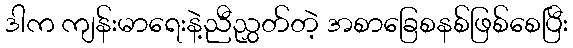
ဒါက ကျန်းမာရေးနဲ့ညီညွှတ်တဲ့ အစာခြေစနစ်ဖြစ်စေပြီး